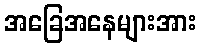
အခြေအနေများအား